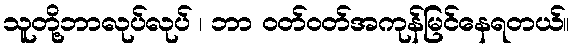
သူတို့ဘာလုပ်လုပ် ၊ ဘာ ဝတ်ဝတ်အကုန်မြင်နေရတယ်။